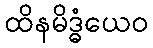
ထိနမိဒ္ဓံယေဝ